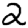
Digit: 2